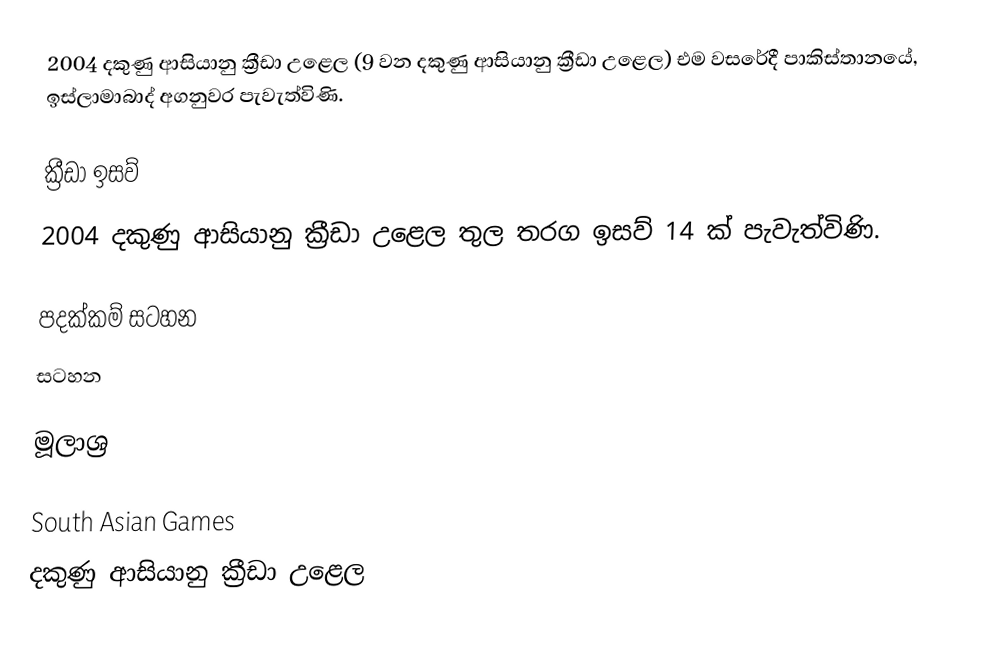
2004 දකුණු ආසියානු ක්‍රීඩා උළෙල (9 වන දකුණු ආසියානු ක්‍රීඩා උළෙල) එම වසරේදී පාකිස්තානයේ, ඉස්ලාමාබාද් අගනුවර පැවැත්විණි.

ක්‍රීඩා ඉසව්
2004 දකුණු ආසියානු ක්‍රීඩා උළෙල තුල තරග ඉසව් 14 ක් පැවැත්විණි.

පදක්කම් සටහන
සටහන

මූලාශ්‍ර

South Asian Games
දකුණු ආසියානු ක්‍රීඩා උළෙල